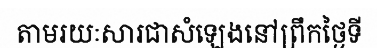
តាមរយៈសារជាសំឡេងនៅព្រឹកថ្ងៃទី